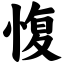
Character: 愎